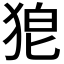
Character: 𭸎